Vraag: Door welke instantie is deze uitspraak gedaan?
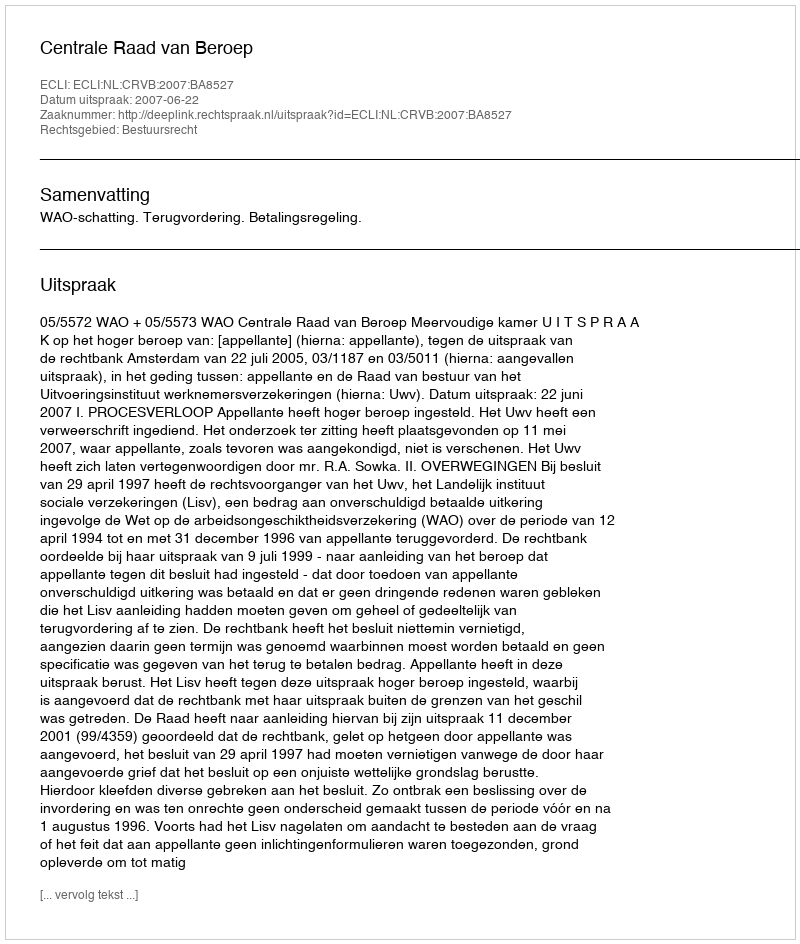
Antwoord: Centrale Raad van Beroep